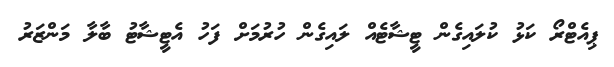
ޕިއެޓްރޯ ކަޅު ކުލައިގެން ޓީޝާޓެއް ލައިގެން ހުރުމަށް ފަހު އެޓީޝާޓު ބާލާ މަންޒަރު